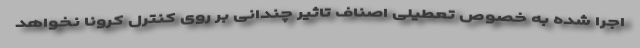
اجرا شده به خصوص تعطیلی اصناف تاثیر چندانی بر روی کنترل کرونا نخواهد